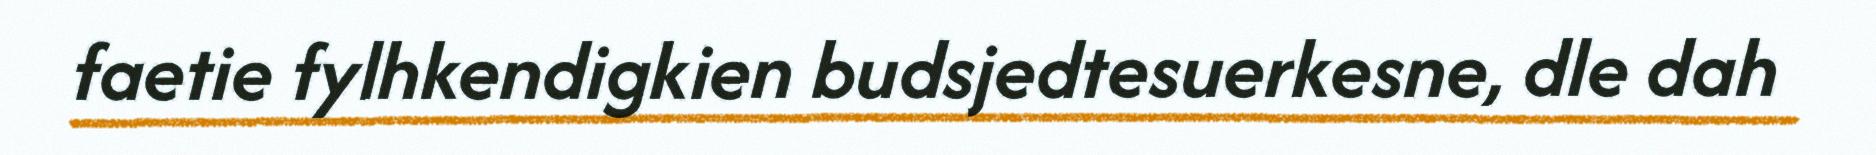
faetie fylhkendigkien budsjedtesuerkesne, dle dah